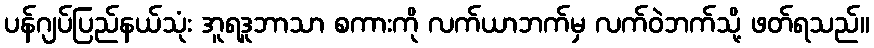
ပန်ဂျပ်ပြည်နယ်သုံး အူရဒူဘာသာ စကားကို လက်ယာဘက်မှ လက်ဝဲဘက်သို့ ဖတ်ရသည်။